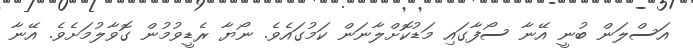
އަސްލަން ބުނީ އޭނާ ސޯފާގައި މަޑުކޮށްލާނަން ކަމުގައެވެ. ނޯޔާ ރެޑީވުމުން ގޮވާލުމަށެވެ. އޭނާ